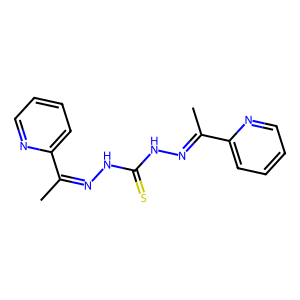
SMILES: CC(=NNC(=S)NN=C(C)c1ccccn1)c1ccccn1
Inhibits HIV replication: No